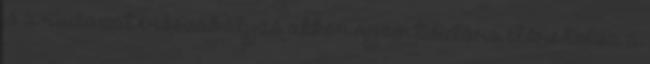
jó a rudazat erőszabályzó akkor nyom,tisztára előre tolva a